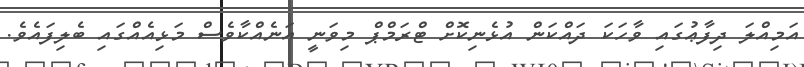
އަމިއްލަ ދިފާޢުގައި ވާހަކަ ދައްކަން އުޅެނިކޮށް ޓްރަމްޕް މިވަނީ އަނެއްކާވެސް މަޅިއެއްގައި ބެލިފައެވެ.